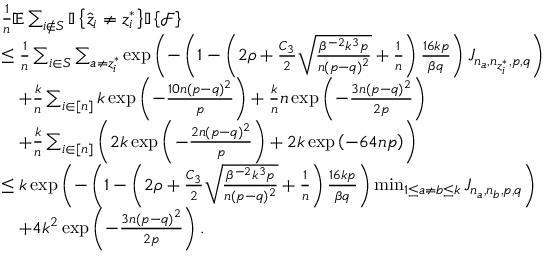
\begin{array} { r l } & { \frac { 1 } { n } \mathbb { E } \sum _ { i \notin S } { \mathbb { I } \left\{ { \hat { z } _ { i } \neq z _ { i } ^ { * } } \right\} } { \mathbb { I } \left\{ { \mathcal { F } } \right\} } } \\ & { \leq \frac { 1 } { n } \sum _ { i \in S } \sum _ { a \neq z _ { i } ^ { * } } \exp \left( - \left( 1 - \left( 2 \rho + \frac { C _ { 3 } } { 2 } \sqrt { \frac { \beta ^ { - 2 } k ^ { 3 } p } { n ( p - q ) ^ { 2 } } } + \frac { 1 } { n } \right) \frac { 1 6 k p } { \beta q } \right) J _ { n _ { a } , n _ { z _ { i } ^ { * } } , p , q } \right) } \\ & { \quad + \frac { k } { n } \sum _ { i \in [ n ] } k \exp \left( - \frac { 1 0 n ( p - q ) ^ { 2 } } { p } \right) + \frac { k } { n } n \exp \left( - \frac { 3 n ( p - q ) ^ { 2 } } { 2 p } \right) } \\ & { \quad + \frac { k } { n } \sum _ { i \in [ n ] } \left( 2 k \exp \left( - \frac { 2 n ( p - q ) ^ { 2 } } { p } \right) + 2 k \exp \left( - 6 4 n p \right) \right) } \\ & { \leq k \exp \left( - \left( 1 - \left( 2 \rho + \frac { C _ { 3 } } { 2 } \sqrt { \frac { \beta ^ { - 2 } k ^ { 3 } p } { n ( p - q ) ^ { 2 } } } + \frac { 1 } { n } \right) \frac { 1 6 k p } { \beta q } \right) \operatorname* { m i n } _ { 1 \leq a \neq b \leq k } J _ { n _ { a } , n _ { b } , p , q } \right) } \\ & { \quad + 4 k ^ { 2 } \exp \left( - \frac { 3 n ( p - q ) ^ { 2 } } { 2 p } \right) . } \end{array}